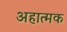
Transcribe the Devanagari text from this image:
अहात्मक